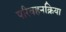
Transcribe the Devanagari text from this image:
परिवहनक्रिया